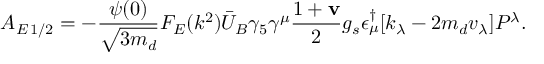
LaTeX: A _ { E \, 1 / 2 } = - \frac { \psi ( 0 ) } { \sqrt { 3 m _ { d } } } F _ { E } ( k ^ { 2 } ) \bar { U } _ { B } \gamma _ { 5 } \gamma ^ { \mu } \frac { 1 + \mathbf { v } } { 2 } g _ { s } \epsilon _ { \mu } ^ { \dagger } [ k _ { \lambda } - 2 m _ { d } v _ { \lambda } ] P ^ { \lambda } .